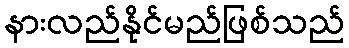
နားလည်နိုင်မည်ဖြစ်သည်